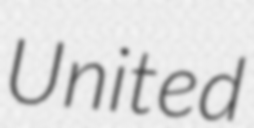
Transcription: United